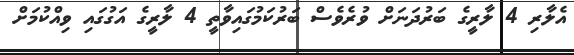
އެލާރި 4 ލާރީގެ ބަރުދަނަށް ވުރެވެސް ބަރުކަމުގައިވާތީ 4 ލާރީގެ އަގުގައި ވިއްކުމަށް